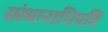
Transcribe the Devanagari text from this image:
संस्थानाधिपति